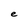
Character: e